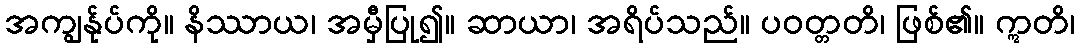
အကျွန်ုပ်ကို။ နိဿာယ၊ အမှီပြု၍။ ဆာယာ၊ အရိပ်သည်။ ပဝတ္တတိ၊ ဖြစ်၏။ ဣတိ၊